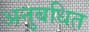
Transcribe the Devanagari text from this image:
अनुबधित